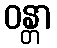
ဝန္တာ